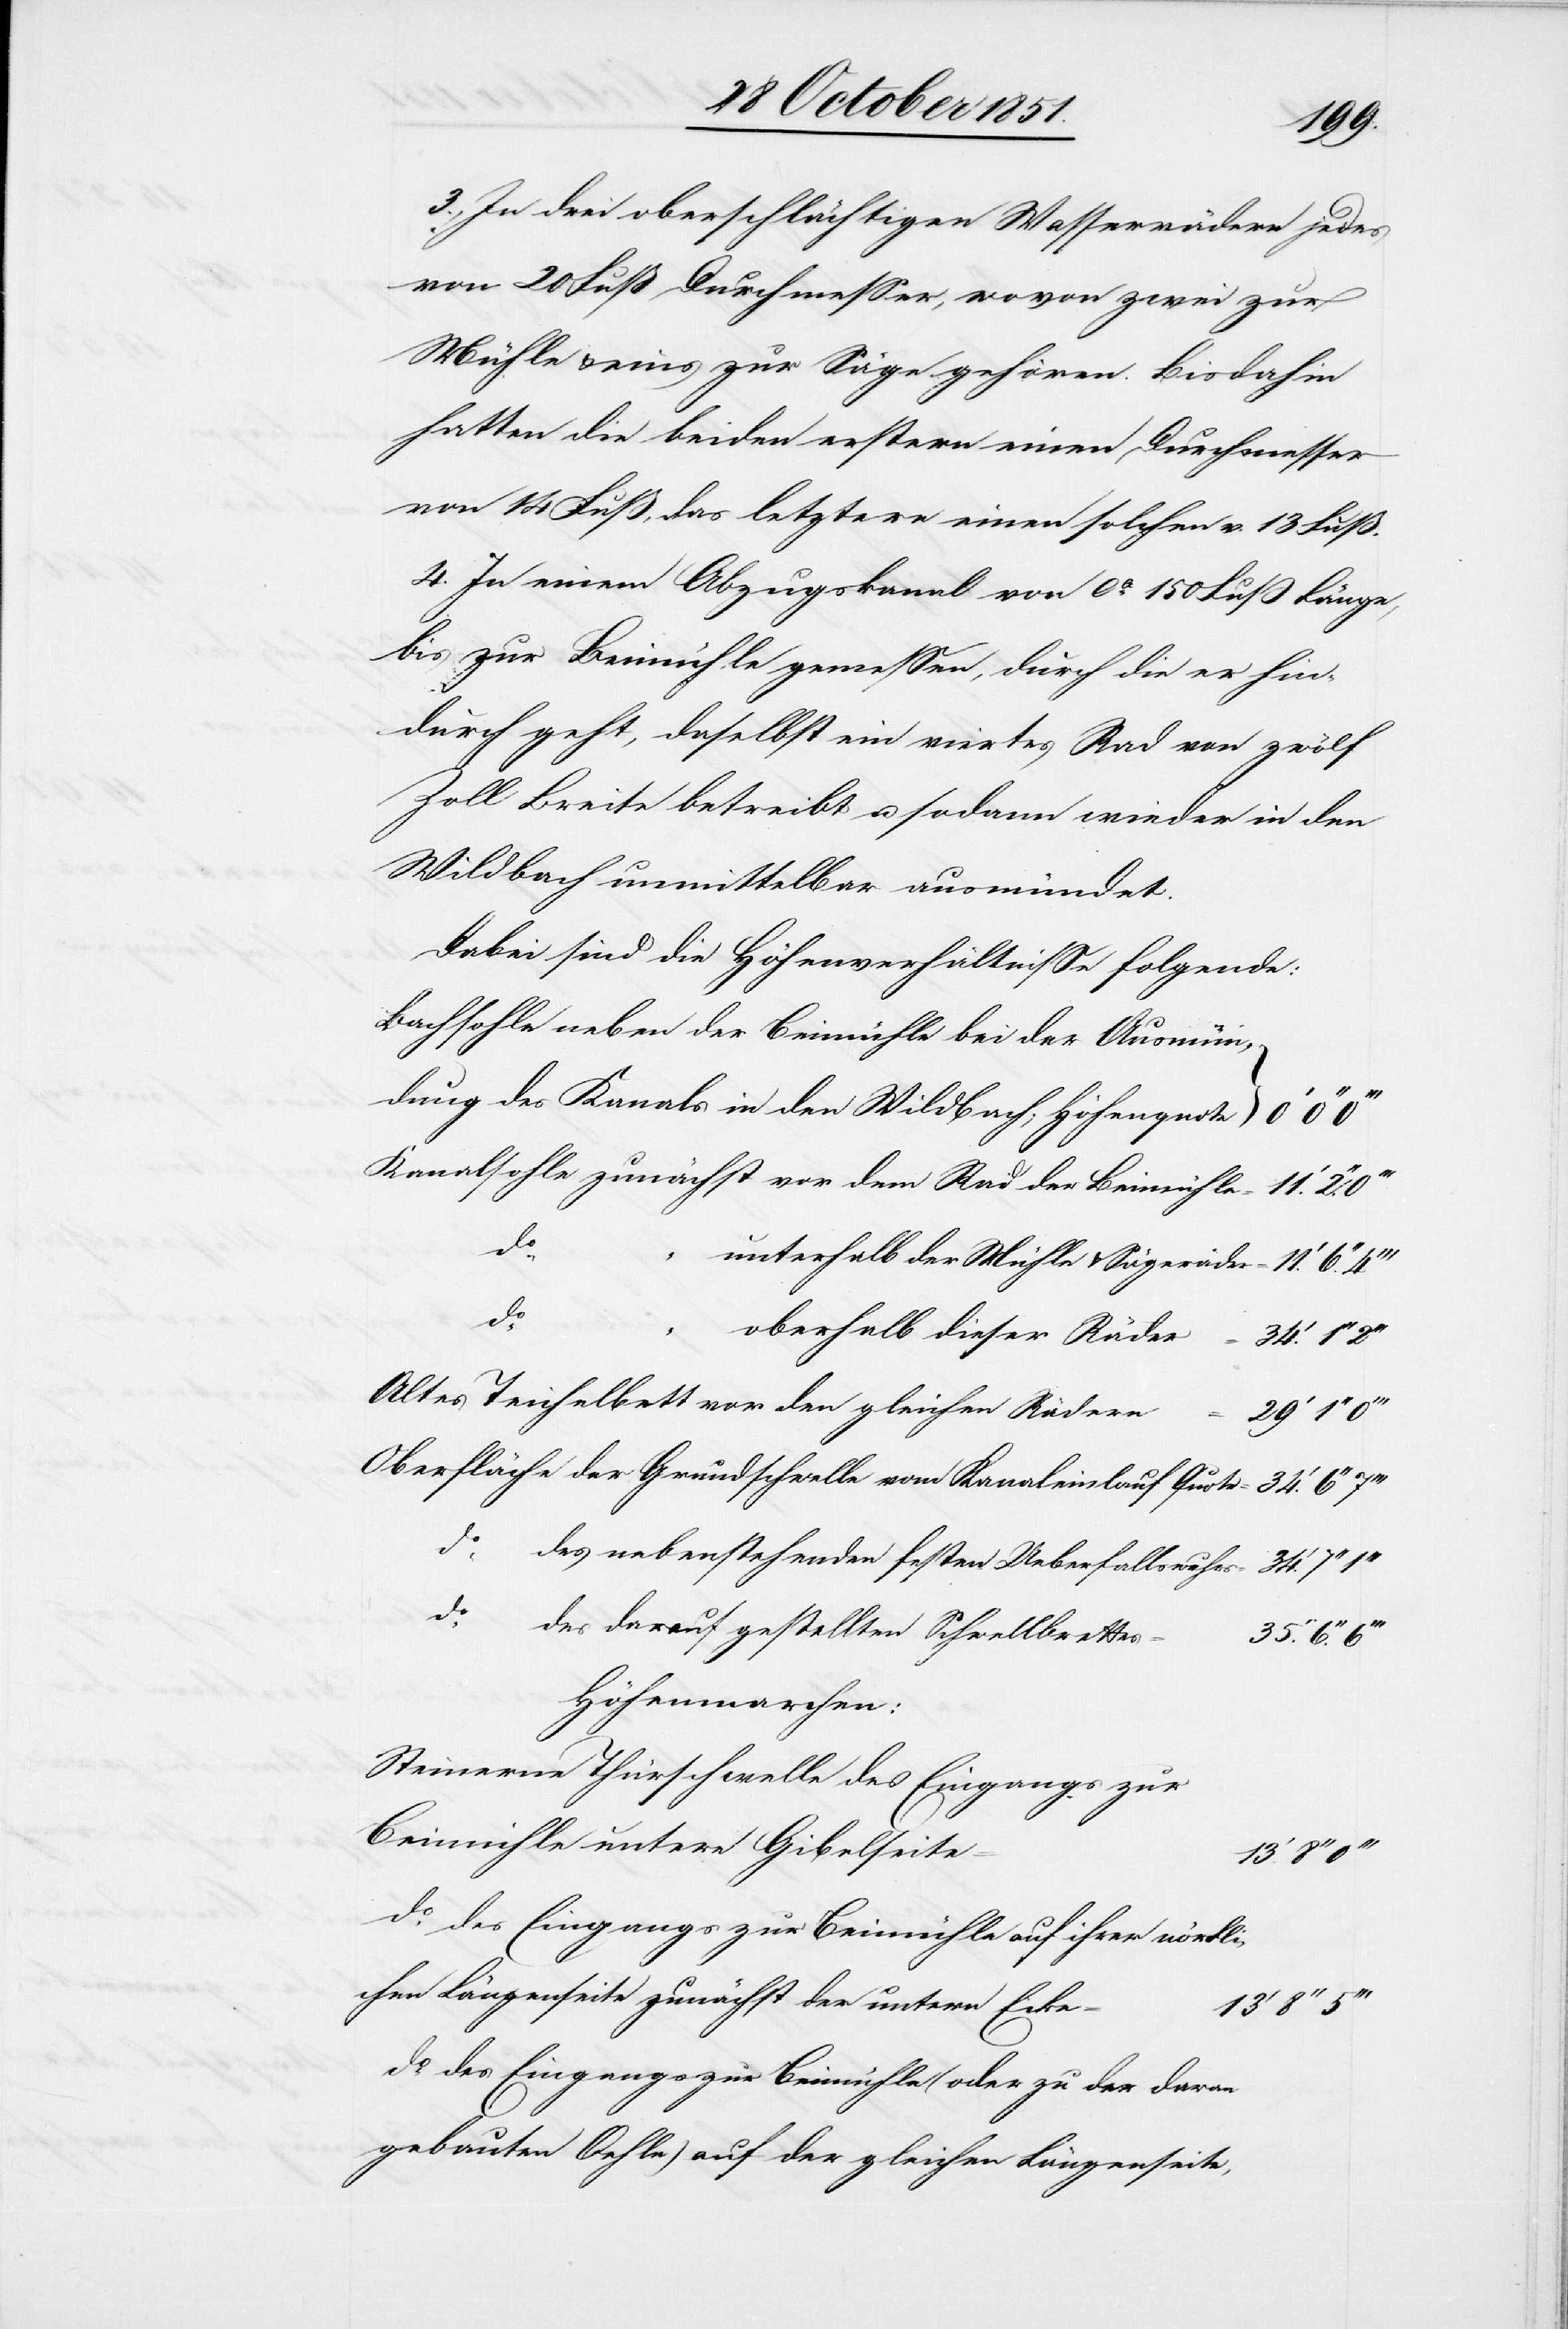
34.‘
3., In drei oberschlächtigen Wasserrädern jedes
von 20 Fuß Durchmesser, wovon zwei zur
Mühle & eins zur Säge gehören. Bisdahin
hatten die beiden erstern einen Durchmesser
von 14 Fuß, das letztere einen solchen v. 13 Fuß.
4. In einem Abzugskanal von ca. 150 Fuß Länge,
bis zur Beimühle gemessen, durch die er hin¬
durch geht, daselbst ein viertes Rad von zwölf
Zoll Breite betreibt u. sodann wieder in den
Wildbach unmittelbar ausmündet.
Dabei sind die Höhenverhältnisse folgende:
Bachsohle neben der Beimühle bei der Ausmün¬
dung des Kanals in den Wildbach; Höhenquote
Kanalsohle zunächst vor dem Rad der Beimühle =
do.
“
unterhalb der Mühle & Sägeräder =
do.
“
oberhalb dieser Räder =
Altes Teichelbett vor den gleichen Rädern
Oberfläche der Grundschwelle vom Kanaleinlauf Quote =
do.
des nebenstehenden festen Ueberfallswuhrs
des darauf gestellten Schwellbrettes
35.‘ 6.‘‘
Höhenmarchen:
Steinerne Thürschwelle des Eingangs zur
Beimühle untere Gibelseite
do. des Eingangs zur Beimühle auf ihrer nördli¬
chen Längenseite zunächst der untern Ecke
13‘
do. des Eingangs zur Beimühle (oder zu der daran
gebauten Oehle) auf der gleichen Längenseite,